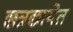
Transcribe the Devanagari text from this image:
छत्रछायेत